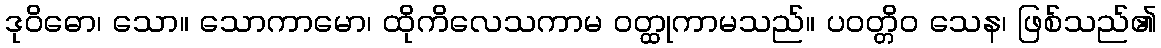
ဒုဝိဓော၊ သော။ သောကာမော၊ ထိုကိလေသကာမ ဝတ္ထုကာမသည်။ ပဝတ္တိဝ သေန၊ ဖြစ်သည်၏